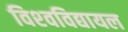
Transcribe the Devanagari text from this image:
विश्‍वविद्यायल